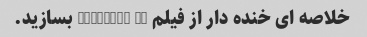
خلاصه ای خنده دار از فیلم "Furious 7" بسازید.